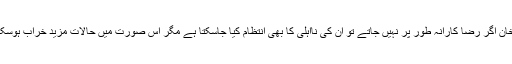
عمران خان اگر رضا کارانہ طور پر نہیں جاتے تو ان کی نااہلی کا بھی انتظام کیا جاسکتا ہے مگر اس صورت میں حالات مزید خراب ہوسکتے ہیں۔